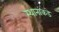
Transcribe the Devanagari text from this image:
स्थानांकडे